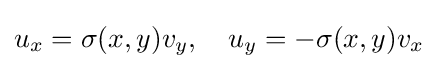
u_{x}=\sigma (x,y)v_{y},\quad u_{y}=-\sigma (x,y)v_{x}